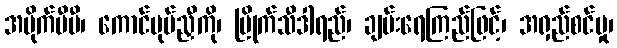
အမိုက်ပီပီ၊ ကောင်ပုပ်ညှီကို၊ မြိုက်သီဒါရည်၊ ချမ်းရေကြည်ဖြင့်၊ အရှည်စင်မှု၊